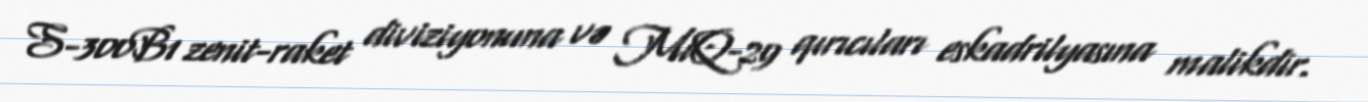
S-300B1 zenit-raket diviziyonuna və MiQ-29 qırıcıları eskadrilyasına malikdir.